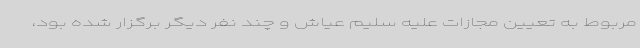
مربوط به تعیین مجازات علیه سلیم عیاش و چند نفر دیگر برگزار شده بود،